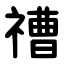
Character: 䄚